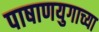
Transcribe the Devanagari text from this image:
पाषाणयुगाच्या